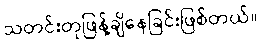
သတင်းတုဖြန့်ချိနေခြင်းဖြစ်တယ်။